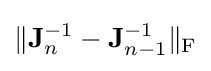
\|\mathbf {J} _{n}^{-1}-\mathbf {J} _{n-1}^{-1}\|_{\rm {F}}